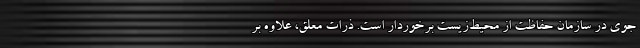
جوی در سازمان حفاظت از محیط‌زیست برخوردار است. ذرات معلق، علاوه بر